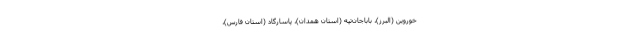
خوروین (البرز)، باباجان‌تپه (استان همدان)، پاسارگاد (استان فارس)،